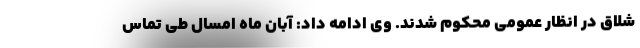
شلاق در انظار عمومی محکوم شدند. وی ادامه داد: آبان ماه امسال طی تماس